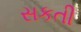
સકતી